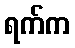
ရက်က